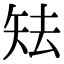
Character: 𥎰